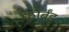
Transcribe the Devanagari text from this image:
फोर्बंड